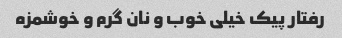
رفتار پیک خیلی خوب و نان گرم و خوشمزه